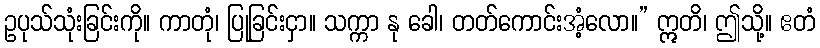
ဥပုသ်သုံးခြင်းကို။ ကာတုံ၊ ပြုခြင်းငှာ။ သက္ကာ နု ခေါ၊ တတ်ကောင်းအံ့လော။” ဣတိ၊ ဤသို့။ ဧတံ